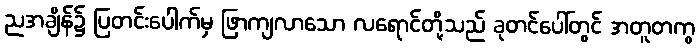
ညအချိန်၌ ပြတင်းပေါက်မှ ဖြာကျလာသော လရောင်တို့သည် ခုတင်ပေါ်တွင် အတူတကွ